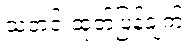
သတင်းထုတ်ပြန်ချက်